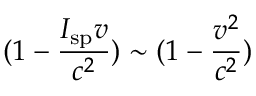
( 1 - { \frac { I _ { \mathrm { s p } } v } { c ^ { 2 } } } ) \sim ( 1 - { \frac { v ^ { 2 } } { c ^ { 2 } } } )